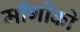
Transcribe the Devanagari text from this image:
माँगोंको